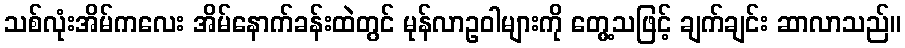
သစ်လုံးအိမ်ကလေး အိမ်နောက်ခန်းထဲတွင် မုန်လာဥဝါများကို တွေ့သဖြင့် ချက်ချင်း ဆာလာသည်။